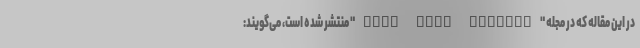
در این مقاله که در مجله "Stem Cell Reports" منتشر شده است، می‌گویند: